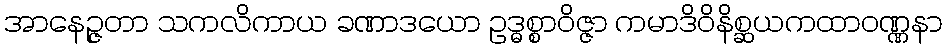
အာနေဉ္ဇတာ သကလိကာယ ခဏာဒယော ဥဒ္ဓစ္စာဝိဇ္ဇာ ကမာဒိဝိနိစ္ဆယကထာဝဏ္ဏနာ